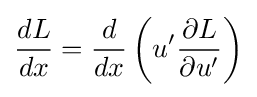
{\frac {dL}{dx}}={\frac {d}{dx}}\left(u'{\frac {\partial L}{\partial u'}}\right)